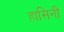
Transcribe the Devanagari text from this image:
हासिनी